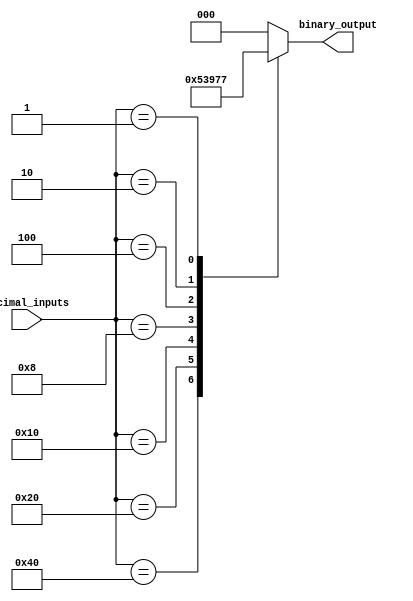
module priority_encoder (
    input [7:0] decimal_inputs,
    output reg [2:0] binary_output
);

always @(*) begin
    case(decimal_inputs)
        8'b10000000: binary_output = 3'b000;
        8'b01000000: binary_output = 3'b001;
        8'b00100000: binary_output = 3'b010;
        8'b00010000: binary_output = 3'b011;
        8'b00001000: binary_output = 3'b100;
        8'b00000100: binary_output = 3'b101;
        8'b00000010: binary_output = 3'b110;
        8'b00000001: binary_output = 3'b111;
        default: binary_output = 3'b000;
    endcase
end

endmodule